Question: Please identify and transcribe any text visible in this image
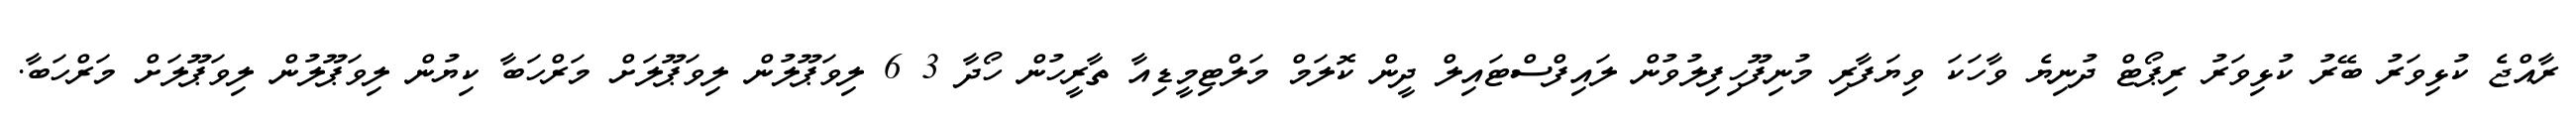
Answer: ރާއްޖެ ކުޅިވަރު ބޭރު ކުޅިވަރު ރިޕޯޓް ދުނިޔެ ވާހަކަ ވިޔަފާރި މުނިފޫހިފިލުވުން ލައިފްސްޓައިލް ދީން ކޮލަމް މަލްޓިމީޑިއާ ތާރީހުން ހޯދާ 3 6 ލިވަޕޫލުން ލިވަޕޫލަށް މަރްހަބާ ކިޔުން ލިވަޕޫލުން ލިވަޕޫލަށް މަރްހަބާ.